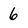
Character: 6